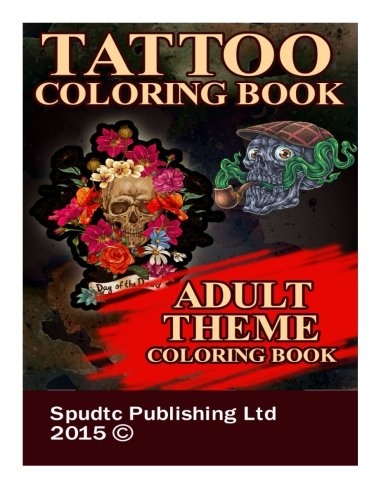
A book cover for Tattoo Coloring Book: Adult Theme Coloring Book; Spudtc Publishing Ltd; Humor & Entertainment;